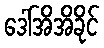
ဒေါ်အိအိခိုင်